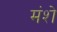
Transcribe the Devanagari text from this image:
मंशे